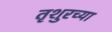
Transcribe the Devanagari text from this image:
तृशुरच्या